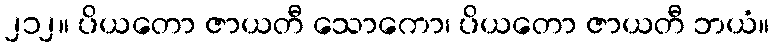
၂၁၂။ ပိယတော ဇာယတီ သောကော၊ ပိယတော ဇာယတီ ဘယံ။